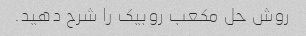
روش حل مکعب روبیک را شرح دهید.